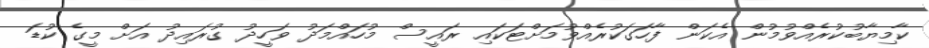
ކާމިޔާބުކުރެއްވުމުން އެކަން ފާހަގަކުރެއްވުމަށްޓަކައި ރައީސް މުހައްމަދު ވަހީދު ގުރައިދު އަށް މީގެ ކުޑަ